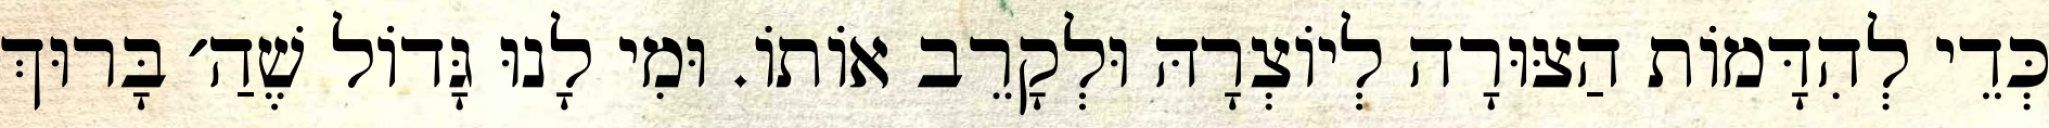
כְּדֵי לְהִדָּמוֹת הַצּוּרָה לְיוֹצְרָהּ וּלְקָרֵב אוֹתוֹ. וּמִי לָנוּ גָּדוֹל שֶׁהַ׳ בָּרוּךְ